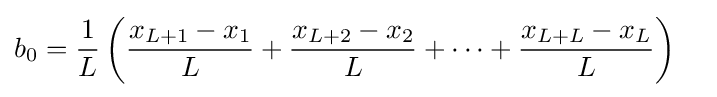
{\begin{aligned}b_{0}&={\frac {1}{L}}\left({\frac {x_{L+1}-x_{1}}{L}}+{\frac {x_{L+2}-x_{2}}{L}}+\cdots +{\frac {x_{L+L}-x_{L}}{L}}\right)\end{aligned}}